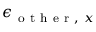
\epsilon _ { \mathrm { ~ o ~ t ~ h ~ e ~ r ~ , ~ } x }